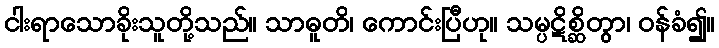
ငါးရာသောခိုးသူတို့သည်။ သာဓူတိ၊ ကောင်းပြီဟု။ သမ္ပဋိစ္ဆိတွာ၊ ဝန်ခံ၍။